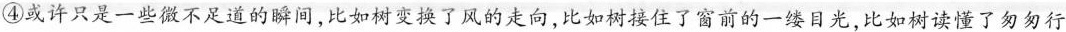
④或许只是一些微不足道的瞬间，比如树变换了风的走向，比如树接住了窗前的一缕目光，比如树读懂了匆匆行